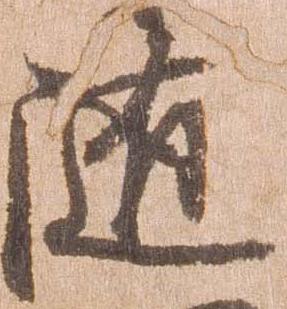
随